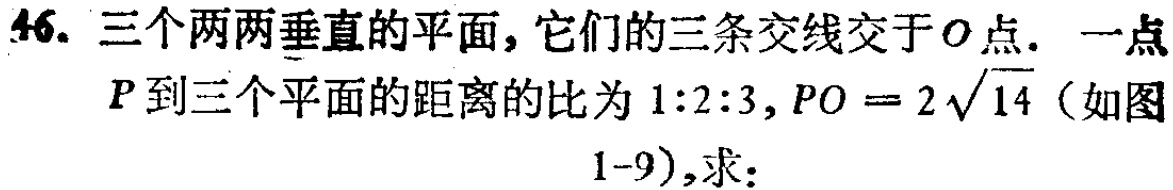
46. 三个两两垂直的平面，它们的三条交线交于\(O\)点. 一点\(P\)到三个平面的距离的比为\(1:2:3\)，\(PO = 2\sqrt{14}\)（如图1-9），求：